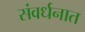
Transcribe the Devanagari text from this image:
संवर्धनात